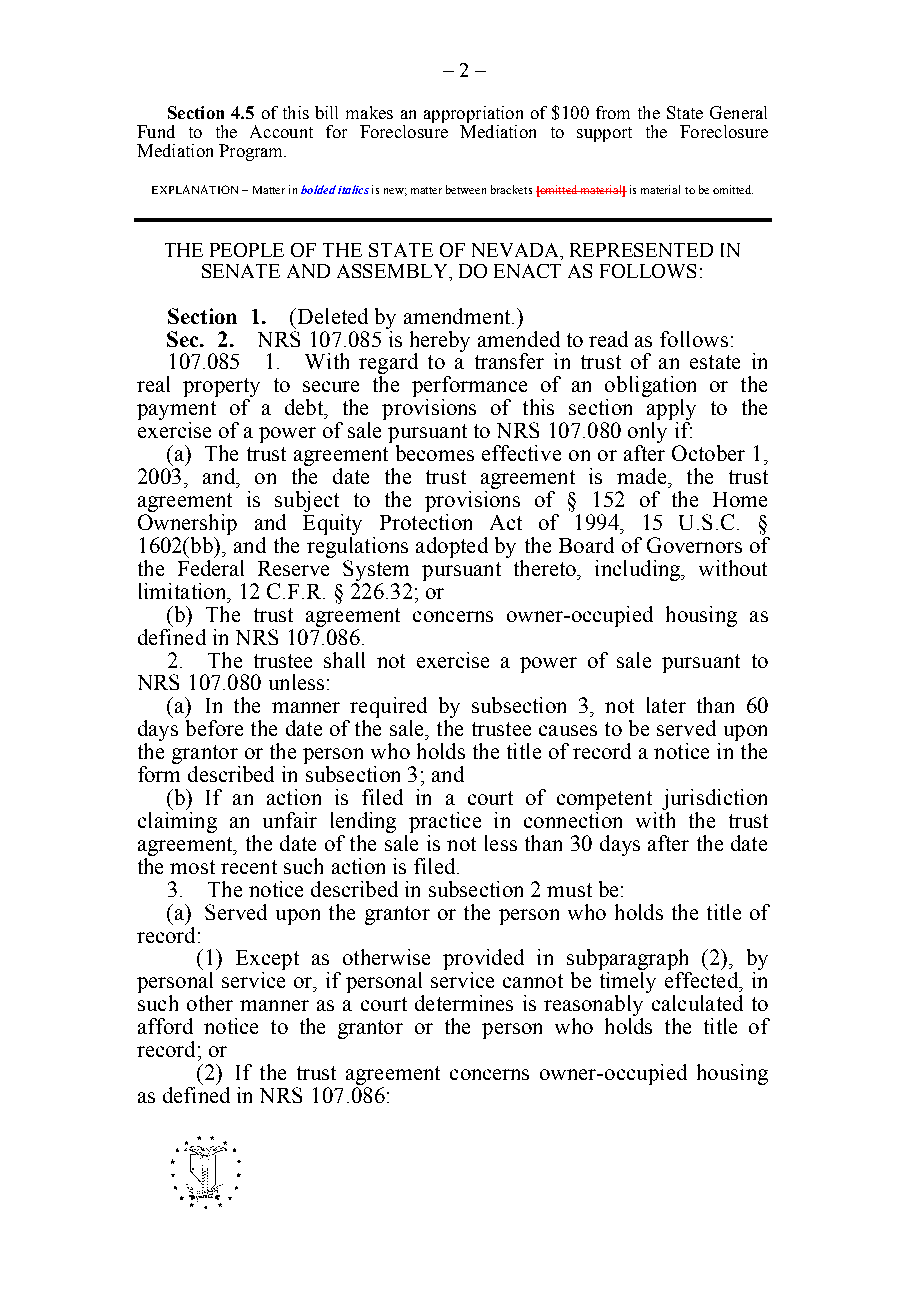
– 2 –
 Section 4.5 of this bill makes an appropriation of $100 from the State General
 Fund to the Account for Foreclosure Mediation to support the Foreclosure
 Mediation Program.
 EXPLANATION – Matter in bolded italics is new; matter between brackets [omitted material] is material to be omitted.
 THE PEOPLE OF THE STATE OF NEVADA, REPRESENTED IN
 SENATE AND ASSEMBLY, DO ENACT AS FOLLOWS:
 Section 1. (Deleted by amendment.)
 Sec. 2. NRS 107.085 is hereby amended to read as follows:
 107.085 1. With regard to a transfer in trust of an estate in
 real property to secure the performance of an obligation or the
 payment of a debt, the provisions of this section apply to the
 exercise of a power of sale pursuant to NRS 107.080 only if:
 (a) The trust agreement becomes effective on or after October 1,
 2003, and, on the date the trust agreement is made, the trust
 agreement is subject to the provisions of § 152 of the Home
 Ownership and Equity Protection Act of 1994, 15 U.S.C. §
 1602(bb), and the regulations adopted by the Board of Governors of
 the Federal Reserve System pursuant thereto, including, without
 limitation, 12 C.F.R. § 226.32; or
 (b) The trust agreement concerns owner-occupied housing as
 defined in NRS 107.086.
 2. The trustee shall not exercise a power of sale pursuant to
 NRS 107.080 unless:
 (a) In the manner required by subsection 3, not later than 60
 days before the date of the sale, the trustee causes to be served upon
 the grantor or the person who holds the title of record a notice in the
 form described in subsection 3; and
 (b) If an action is filed in a court of competent jurisdiction
 claiming an unfair lending practice in connection with the trust
 agreement, the date of the sale is not less than 30 days after the date
 the most recent such action is filed.
 3. The notice described in subsection 2 must be:
 (a) Served upon the grantor or the person who holds the title of
 record:
 (1) Except as otherwise provided in subparagraph (2), by
 personal service or, if personal service cannot be timely effected, in
 such other manner as a court determines is reasonably calculated to
 afford notice to the grantor or the person who holds the title of
 record; or
 (2) If the trust agreement concerns owner-occupied housing
 as defined in NRS 107.086:
 -